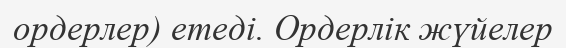
ордерлер) етеді. Ордерлік жүйелер